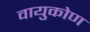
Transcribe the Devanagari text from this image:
वायुकोण